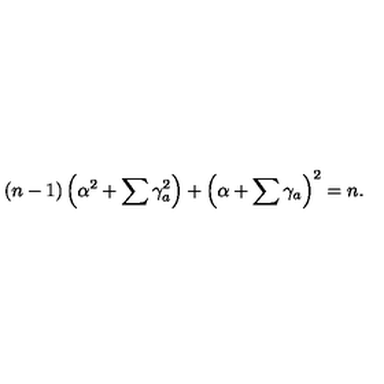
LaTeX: ( n - 1 ) \left( \alpha ^ { 2 } + \sum \gamma _ { a } ^ { 2 } \right) + \left( \alpha + \sum \gamma _ { a } \right) ^ { 2 } = n .